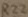
Text: R22